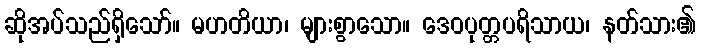
ဆိုအပ်သည်ရှိသော်။ မဟတိယာ၊ များစွာသော။ ဒေဝပုတ္တပရိသာယ၊ နတ်သား၏